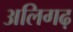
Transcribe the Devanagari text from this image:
अलिगढ़